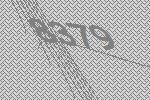
8379